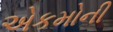
એકમોની